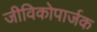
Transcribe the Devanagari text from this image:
जीविकोपार्जक